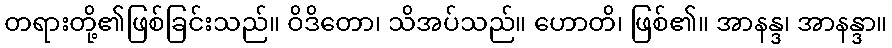
တရားတို့၏ဖြစ်ခြင်းသည်။ ဝိဒိတော၊ သိအပ်သည်။ ဟောတိ၊ ဖြစ်၏။ အာနန္ဒ၊ အာနန္ဒာ။